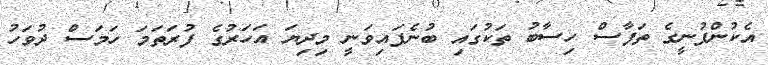
އެކުންފުނީގެ ތަފާސް ހިސާބު ތަކުގައި ބުނެފައިވަނީ މިދިޔަ އަހަރުގެ ފުރަތަމަ ހަމަސް ދުވަހު